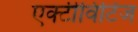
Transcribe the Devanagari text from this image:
एक्टीविटिज